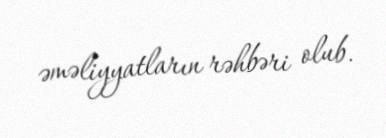
əməliyyatların rəhbəri olub.